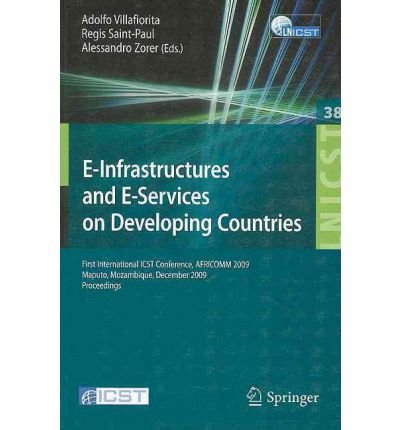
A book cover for [(E-infrastructures and E-services on Developing Countries: First International ICST Conference, Africom 2009, Maputo, Mozambique, December 3-4, 2009, Proceedings )] [Author: Adolfo Villafiorita] [May-2010]; Adolfo Villafiorita; Travel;